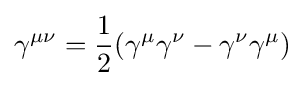
\gamma ^{\mu \nu }={\frac {1}{2}}(\gamma ^{\mu }\gamma ^{\nu }-\gamma ^{\nu }\gamma ^{\mu })